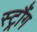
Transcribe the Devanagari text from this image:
स्ट्रौंग